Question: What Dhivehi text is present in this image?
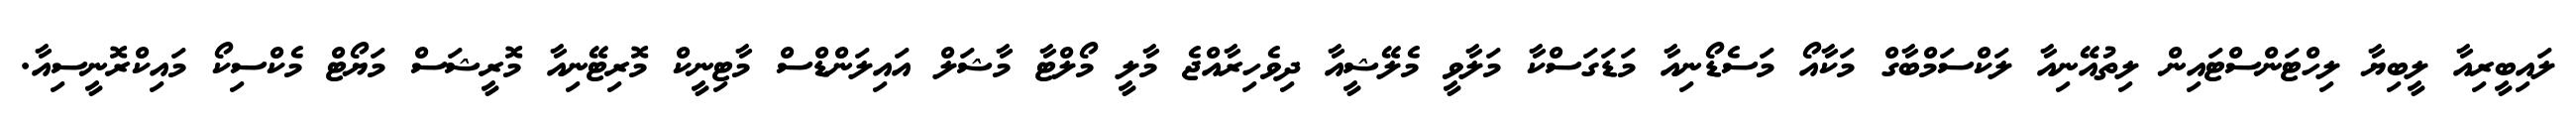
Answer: ލައިބީރިއާ ލީބިޔާ ލިހްޓަންސްޓައިން ލިތުއޭނިއާ ލަކްސަމްބާގް މަކާއޯ މަސެޑޯނިއާ މަޑަގަސްކާ މަލާވީ މެލޭޝީއާ ދިވެހިރާއްޖެ މާލީ މޯލްޓާ މާޝަލް އައިލަންޑްސް މާޓިނީކް މޮރިޓޭނިއާ މޮރީޝަސް މަޔޯޓް މެކްސިކޯ މައިކްރޮނީސިއާ.